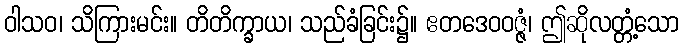
ဝါသဝ၊ သိကြားမင်း။ တိတိက္ခာယ၊ သည်ခံခြင်း၌။ ဧတဒေဝဝဇ္ဇံ၊ ဤဆိုလတ္တံ့သော